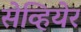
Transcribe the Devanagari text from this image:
सेव्हियेर